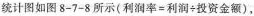
统计图如图8-7-8所示(利润率=利润÷投资金额)，